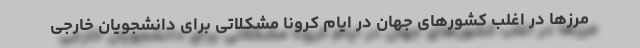
مرزها در اغلب کشورهای جهان در ایام کرونا مشکلاتی برای دانشجویان خارجی